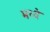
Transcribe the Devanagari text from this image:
मध्यॆ